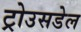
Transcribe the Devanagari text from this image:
ट्रोउसडेल